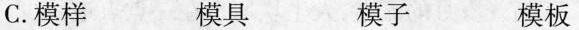
C.模样 模具 模子 模板